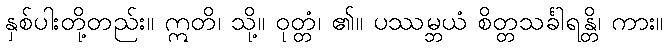
နှစ်ပါးတို့တည်း။ ဣတိ၊ သို့။ ဝုတ္တံ၊ ၏။ ပဿမ္ဘယံ စိတ္တသင်္ခါရန္တိ၊ ကား။